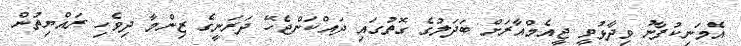
އެމަނިކުފާނު ވިދާޅުވީ ޖީއެމްއާރަށް ބަދަލުގެ ގޮތުގައި ދައްކަންޖެހޭ ދަރަނީގެ ޒިންމާ ދިވެހި ރައްޔިތުން